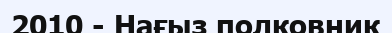
2010 - Нағыз полковник